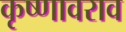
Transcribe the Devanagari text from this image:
कृष्णावराव